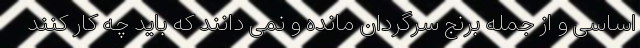
اساسی و از جمله برنج سرگردان مانده و نمی دانند که باید چه کار کنند